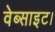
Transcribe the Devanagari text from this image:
वेब्साइट।